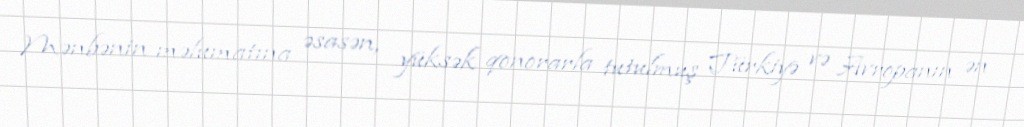
Mənbənin məlumatına əsasən, yüksək qonorarla tutulmuş Türkiyə və Avropanın ən